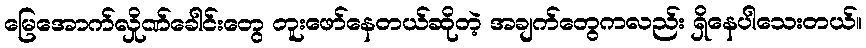
မြေအောက်လှိုဏ်ခေါင်းတွေ တူးဖော်နေတယ်ဆိုတဲ့ အချက်တွေကလည်း ရှိနေပါသေးတယ်။